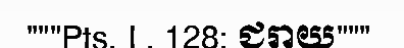
"""Pts. I , 128: ជរាយ"""